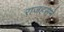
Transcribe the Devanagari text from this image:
राजहंसने